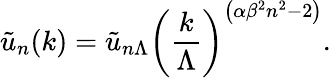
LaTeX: {\tilde{u}_{n}(k)}={\tilde{u}_{n\Lambda}}\left({\frac{k}{\Lambda}}\right)^{\left(\alpha{\beta^{2}}n^{2}-2\right)}.